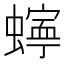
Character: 𮔾